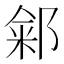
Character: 𬪏